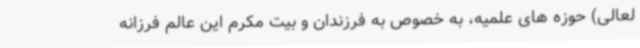
لعالی) حوزه های علمیه، به خصوص به فرزندان و بیت مکرم این عالم فرزانه